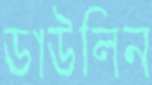
ডাউলিন